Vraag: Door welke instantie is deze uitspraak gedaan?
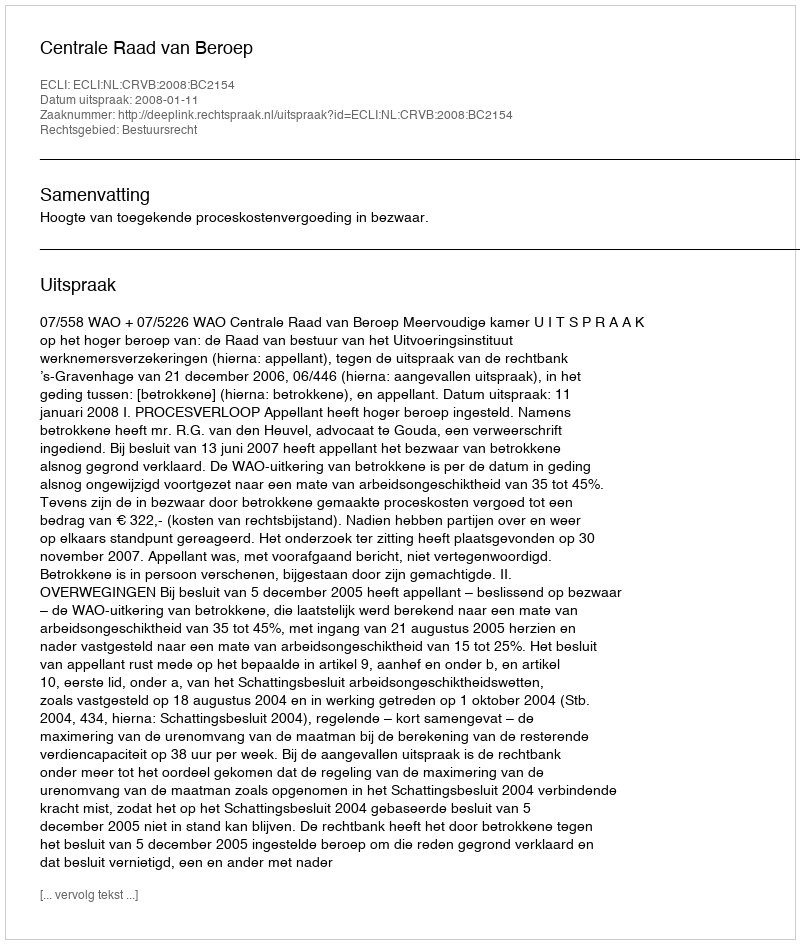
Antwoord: Centrale Raad van Beroep